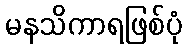
မနသိကာရဖြစ်ပုံ